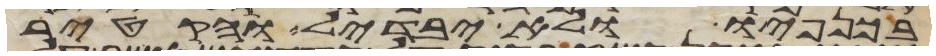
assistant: בכנפיו ולא יבדל והקטיר